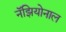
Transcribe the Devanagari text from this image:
नॅझियोनाल